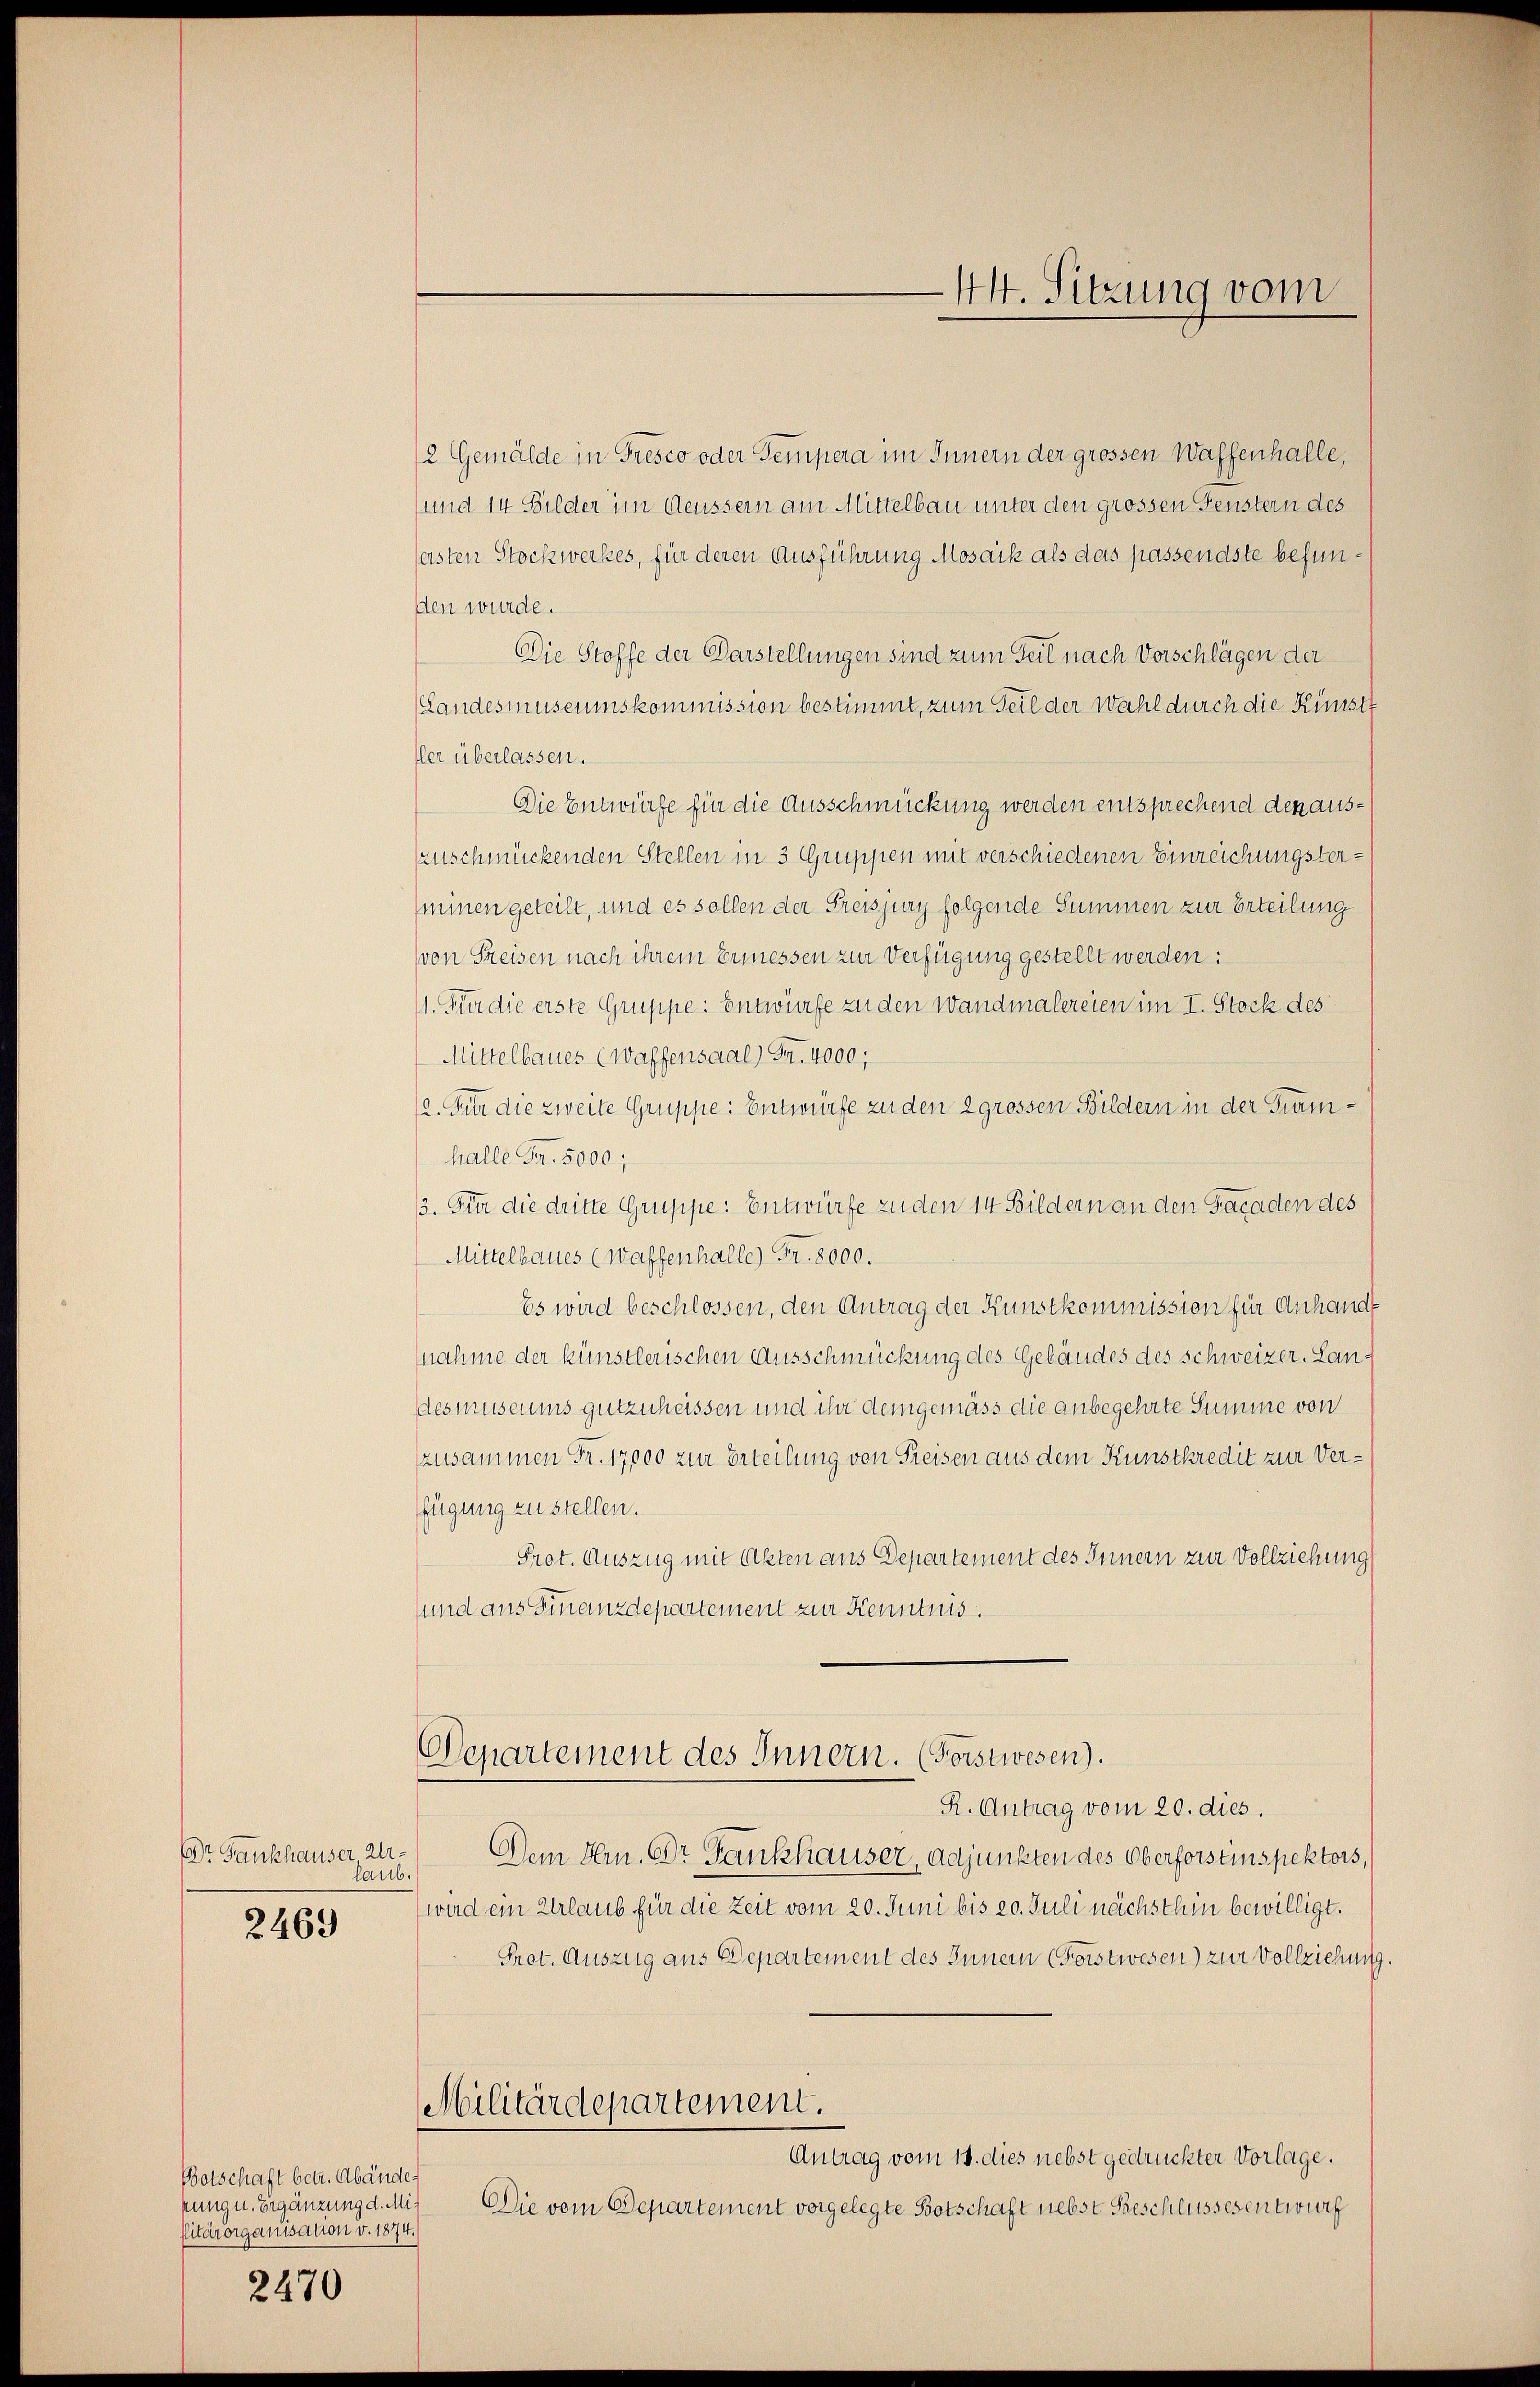
DDr. Fankhauser Arlaub.

2469

Botschaft betr. Abänderung u. Ergänzung d. Mi¬
Citärorganisation v. 1874.

2470

2 Gemälde in Tresco oder Tempera im Innern der grossen Waffenhalle,
und 14 Bilder im Aeussern am Mittelbau unter den grossen Fenstern des
festen Stockwerkes, für deren Ausführung Mosaik als das passendste befunden wurde.
Die Stoffe der Darstellungen sind zum Teil nach Vorschlägen der
(Landesmuseumskommission bestimmt, zum Teil der Wahl durch die Künst
fler überlassen.
Die Entwürfe für die Ausschmückung werden entsprechend den auszuschmückenden Stellen in 3 Gruppen mit verschiedenen Einreichungsterminen geteilt, und es sollen der Preisjury folgende Summen zur Erteilung
von Freisen nach ihrem Ermessen zur Verfügung gestellt werden:
11. Die die erste Gruppe: Entwurfe zu den Wandmalereien im I. Stock des
Mittelbaues (Waffensaal) Fr. 4000;
12. Für die zweite Gruppe: Entwürfe zu den 2 grossen Bildern in der Tramhalle Fr. 5000;
3. Für die dritte Gruppe: Entwürfe zu den 14 Bildern an den Facaden des
Mittelbaues (waffenhalle) Fr. 8000.
Es wird beschlossen, den Antrag der Kunstkommission für Anhande
snahme der künstlerischen Ausschmückung des Gebäudes des Schweizer. Landesmuseums gutzuheissen und ihr demgemäss die anbegehrte Summe von
zusammen Fr. 17000 zur Erteilung von Freisen aus dem Kunstkredit zur Verfügung zu stellen.
Prot. Auszug mit Akten aus Departement des Innern zur Vollziehung
sund aus Finanzdepartement zur Kenntnis.
Departement des Innern. (Forstwesen).
R. Antrag vom 20. dies.
Dem Hrn. Dr. Fankhauser, Adjunkten des Oberforstinspektors,
(wird ein Urlaub für die Zeit vom 20. Juni bis 20. Juli nächsthin bewilligt.
Prot. Auszug aus Departement des Inner (Forstwesen) zur Vollziehung
Militärdepartement.
Antrag vom 18. dies nebst gedruckter Vorlage.
Die vom Departement vorgelegte Botschaft nebst Beschlussesentwurf

44. Sitzung vom